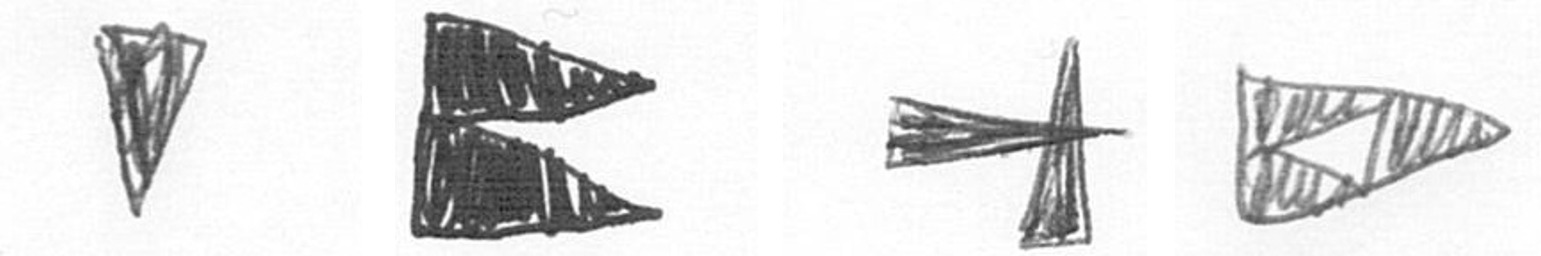
J P G K